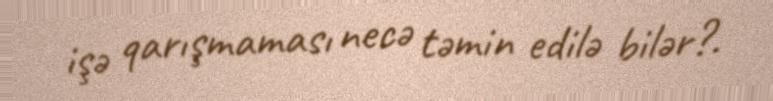
işə qarışmaması necə təmin edilə bilər?.